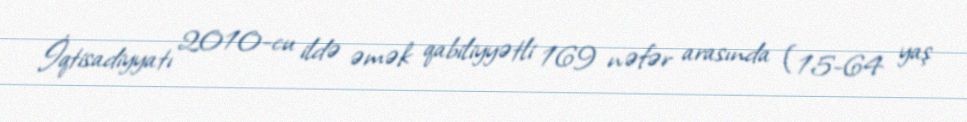
İqtisadiyyatı 2010-cu ildə əmək qabiliyyətli 169 nəfər arasında (15-64 yaş